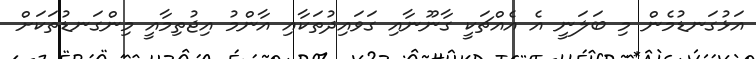
އަޅުގަނޑުމެން މި ބަލަނީ އެ އެއްޗަކީ ގާނޫނާއި ގަވައިދުތަކާއި އާންމު އިޖުތިމާއީ މިންގަނޑުތަކަށް